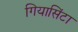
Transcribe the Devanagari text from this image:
गियासिंटा